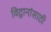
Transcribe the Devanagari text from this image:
विद्वानांसाठी